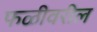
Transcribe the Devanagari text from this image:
फळीवरील